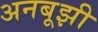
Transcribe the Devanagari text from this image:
अनबूझी